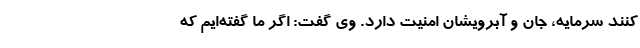
کنند سرمایه، جان و آبرویشان امنیت دارد. وی گفت: اگر ما گفته‌ایم که